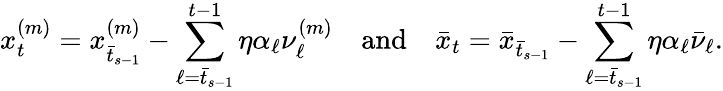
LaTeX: x_{t}^{(m)}=x_{\bar{t}_{s-1}}^{(m)}-\sum_{\ell=\bar{t}_{s-1}}^{t-1}\eta\alpha_{\ell}\nu_{\ell}^{(m)}\quad\mathrm{and}\quad\bar{x}_{t}=\bar{x}_{\bar{t}_{s-1}}-\sum_{\ell=\bar{t}_{s-1}}^{t-1}\eta\alpha_{\ell}\bar{\nu}_{\ell}.